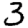
Digit: 3